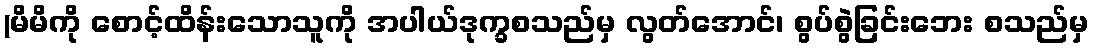
(မိမိကို စောင့်ထိန်းသောသူကို အပါယ်ဒုက္ခစသည်မှ လွတ်အောင်၊ စွပ်စွဲခြင်းဘေး စသည်မှ